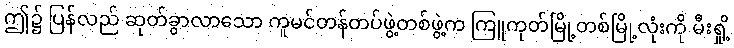
ဤ၌ ပြန်လည် ဆုတ်ခွာလာသော ကူမင်တန်တပ်ဖွဲ့တစ်ဖွဲ့က ကြူကုတ်မြို့တစ်မြို့လုံးကို မီးရှို့